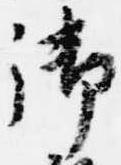
御